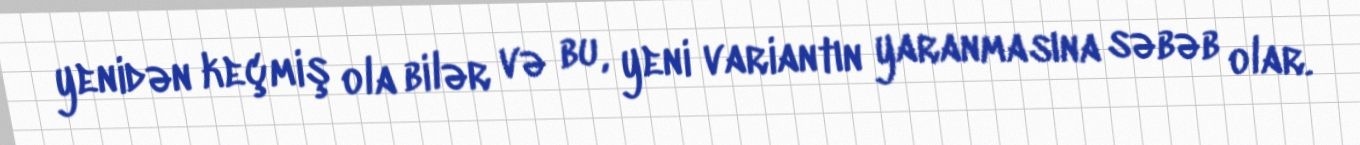
yenidən keçmiş ola bilər və bu, yeni variantın yaranmasına səbəb olar.